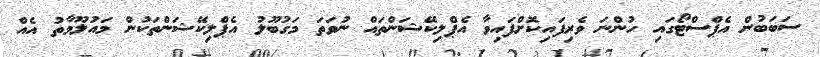
ސަބަބުން އެޕްސްޓޯގައި ހުންނަ ވެރިފައިކޮށްފައިވާ އެޕްލިކޭޝަންތައް ނުވަތަ މަގުބޫލު އެޕްލިކޭޝަންތަކުން މައުލޫމާތު އެއް